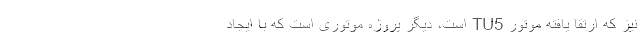
نیز که ارتقا یافته موتور TU5 است، دیگر پروژه موتوری است که با ایجاد